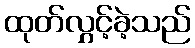
ထုတ်လွှင့်ခဲ့သည်